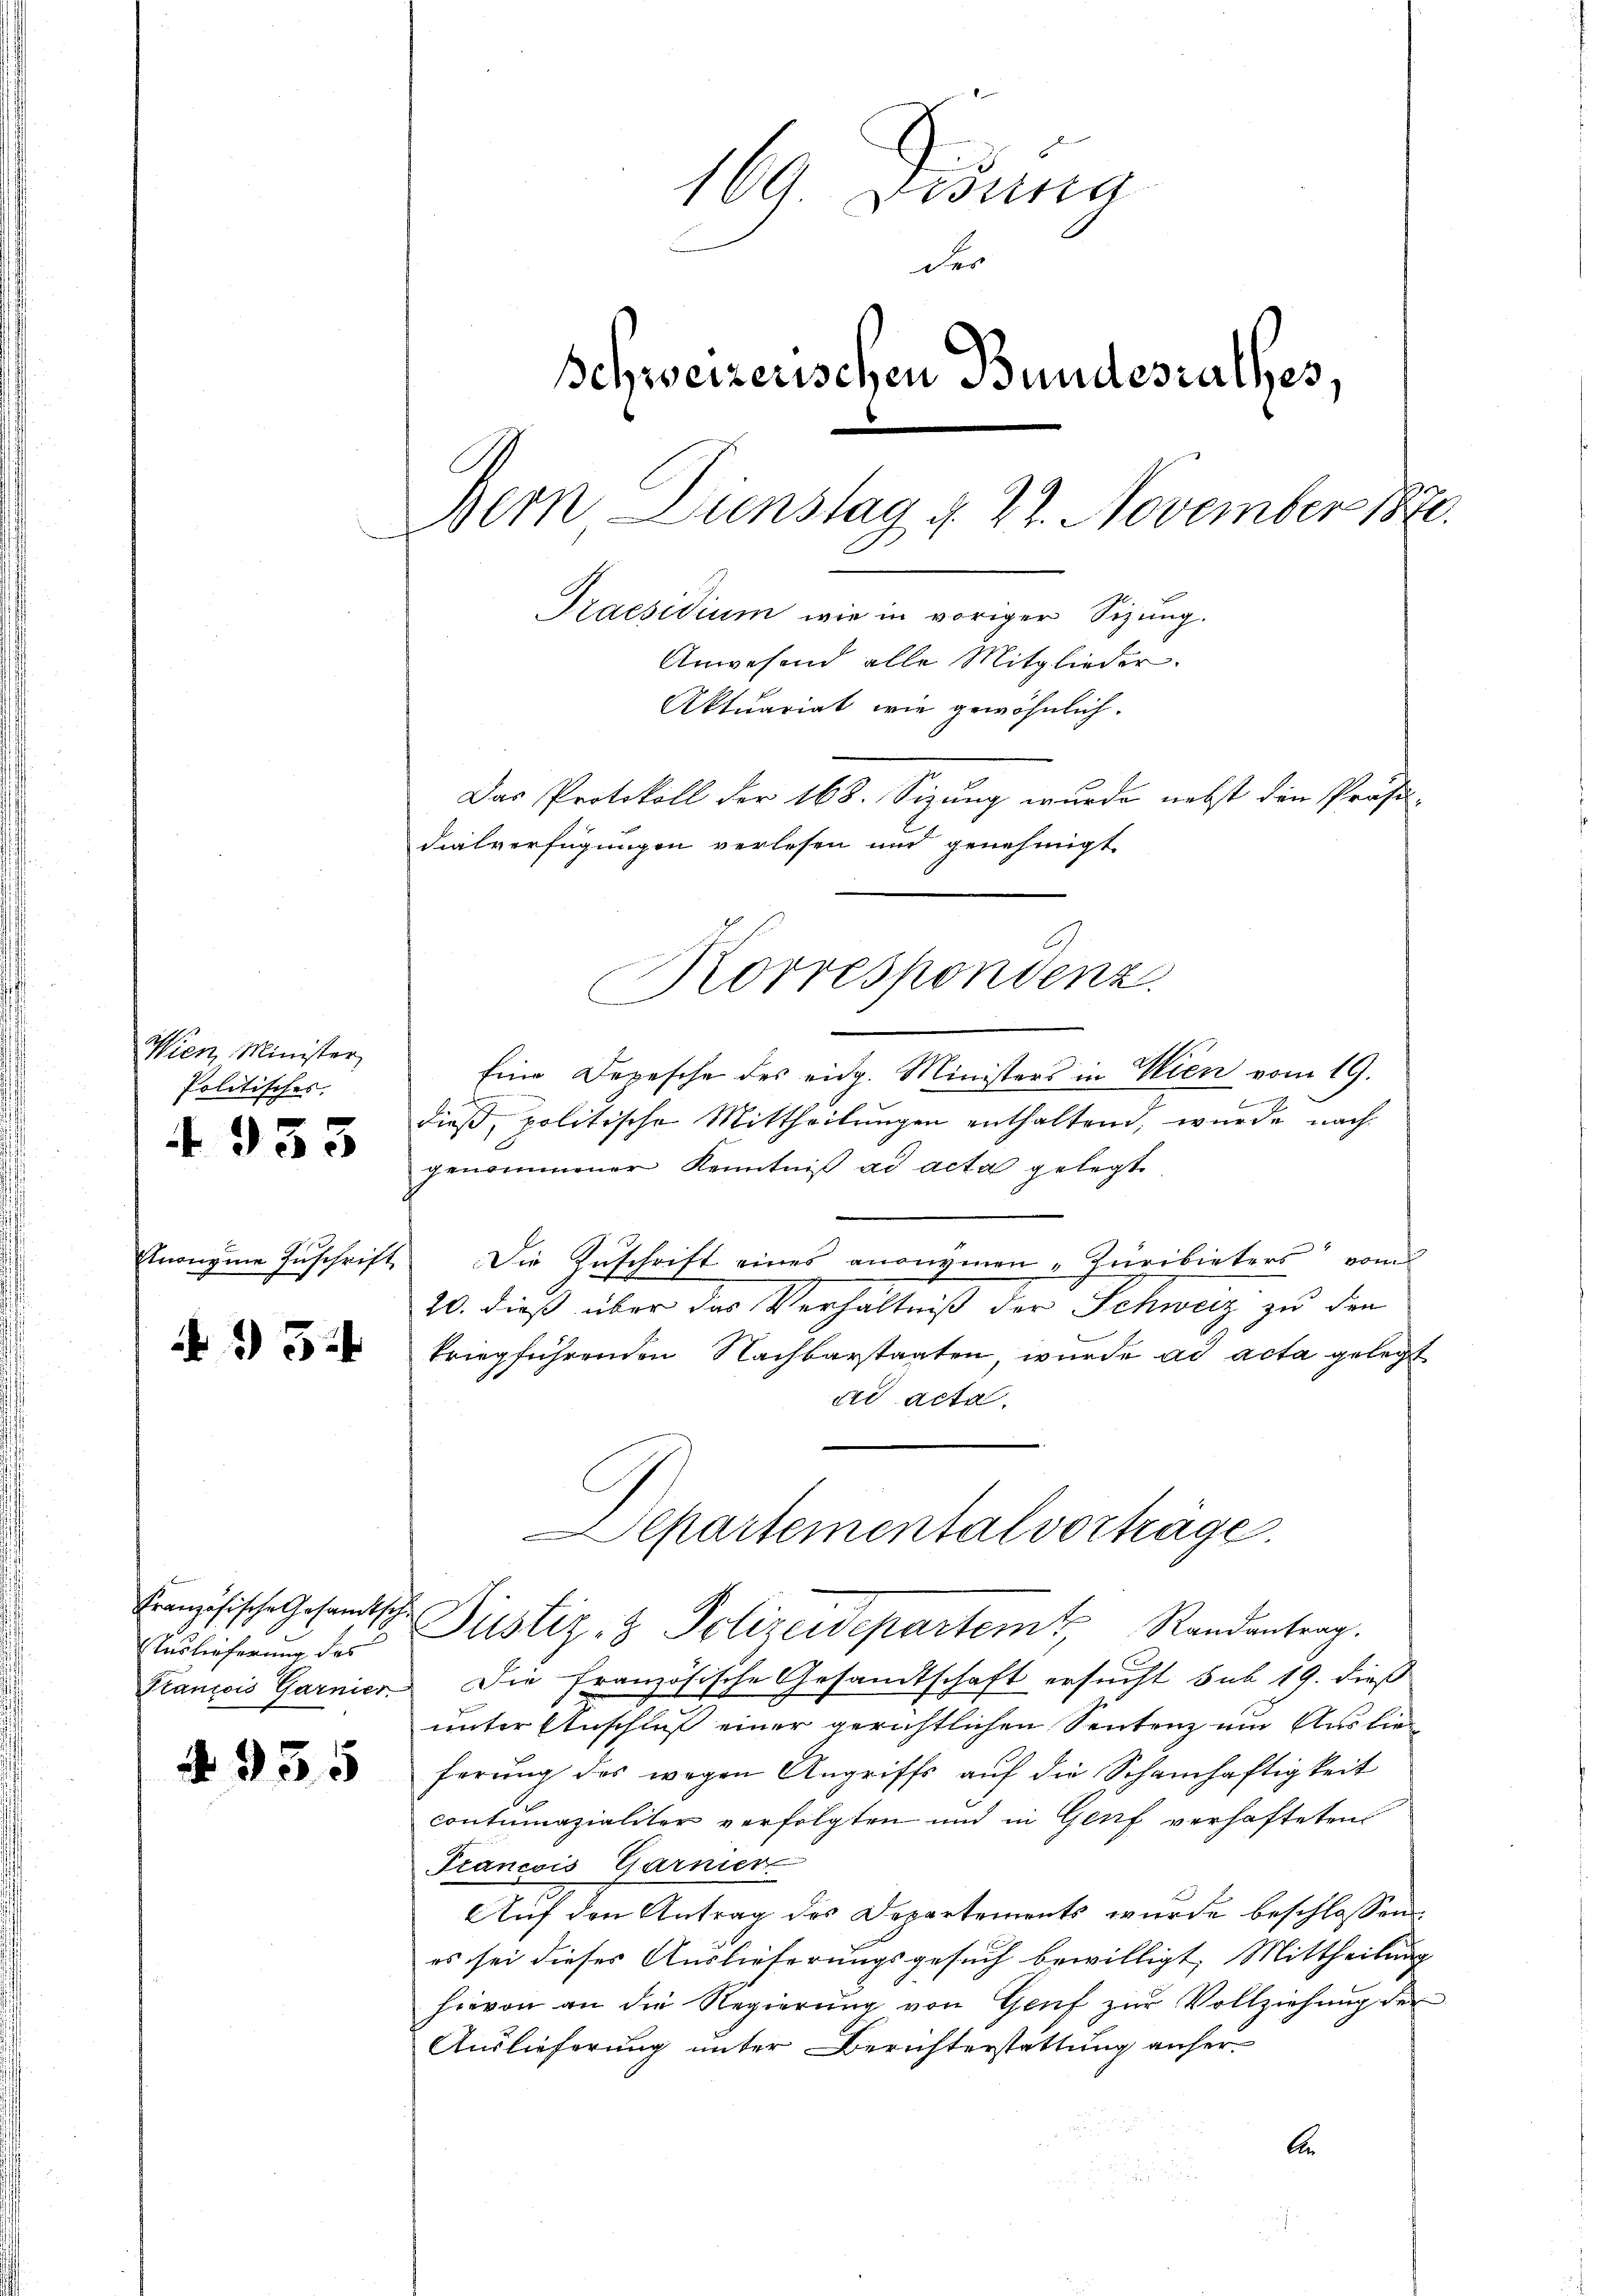
Wien, Minister
Politisches.
4 935

Knonyme Zuschrift

5

Französische Gesandtsch.
Auslieferung des

N. 955

169. Disung
der
schweizerischen Bundesrathes,
Bern Dienstag d. 27. November 1870.
Praesidium wie in voriger Sizung.
Anwesend alle Mitglieder.
Aktuariat wie gewöhnlich.
Das Protokoll der 168. Sizung wurde nebst den Profesdialverfügungen verlesen und genehmigt

Eine Depesche des eidg. Ministers in Wien vom 19.
dieß, politische Mittheilungen enthaltend, wurde nach
genommener Kenntniß ad acta gelegt,
Die Zŭschrift eines anonymen-Züribieters vom
20. dieß über das Verhältniß der Schweiz zu den
kriegführenden Nachbarstaaten, wurde ad acta gelegt
ad acta.
Departemental vorträge.
Dustiz- & Polizeidepartem Randantrag.
François Garnier. Die französische Gesandtschaft ersucht sub 19. dieß
unter Anschluß einer gerichtlichen Sentenz um Auslieferung des wegen Angriffs auf die Schamhaftigkeit
contumazialiter verfolgten und in Genf verhafteten
Francois Garnier
Auf den Antrag des Departements wurde beschlossen
es sei dieses Auslieferungsgesuch bewilligt, Mittheilung
hievon an die Regierung von Genf zur Vollziehung der
Auslieferung unter Berichterstattung anher¬
An

Korrespondenz.